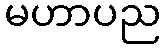
မဟာပည